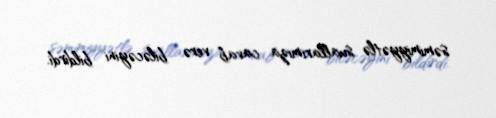
səmimiyyətlə suallarımıza cavab verə biləcəyini bildirdi.